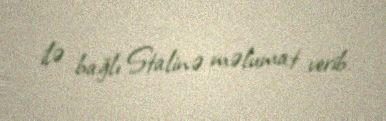
ilə bağlı Stalinə məlumat verib.